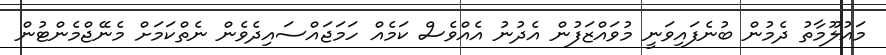
މައުލޫމާތު ދެމުން ބުނެފައިވަނީ މުވައްޒަފުން އެދުނު އެއްވެސް ކަމެއް ހަމަޖައްސައިދެވެން ނެތްކަމަށް މެނޭޖްމެންޓުން